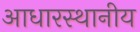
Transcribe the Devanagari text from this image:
आधारस्थानीय